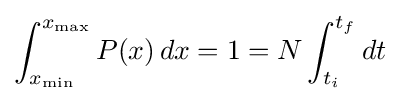
\int _{x_{\rm {min}}}^{x_{\rm {max}}}P(x)\,dx=1=N\int _{t_{i}}^{t_{f}}dt